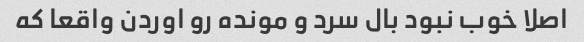
اصلا خوب نبود بال سرد و مونده رو اوردن واقعا که